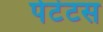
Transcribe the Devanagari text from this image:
पेटंटस